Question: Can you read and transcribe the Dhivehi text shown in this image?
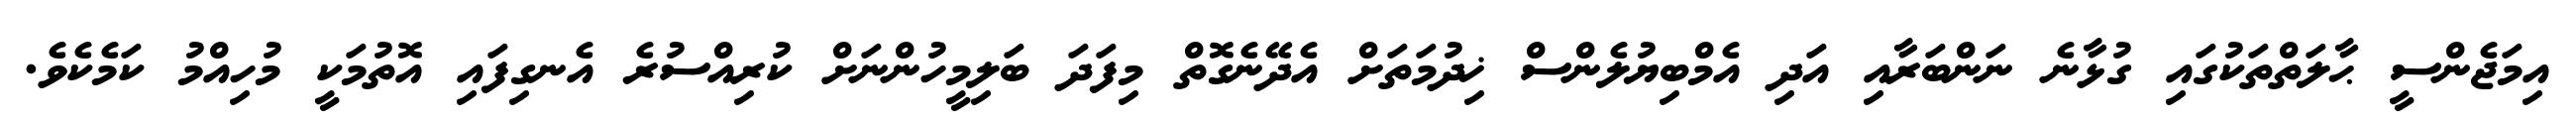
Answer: އިމަޖެންސީ ޙާލަތްތަކުގައި ގުޅާނެ ނަންބަރާއި އަދި އެމްބިޔުލެންސް ޚިދުމަތަށް އެދޭނެގޮތް މިފަދަ ބަލިމީހުންނަށް ކުރިއްސުރެ އެނގިފައި އޮތުމަކީ މުހިއްމު ކަމެކެވެ.